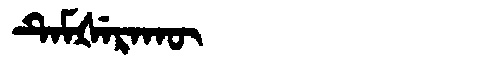
Manchu: ᡨᡝᠮᡧᡝᡵᠠᡴᡡ
Romanization: TEMŠERAKŪ